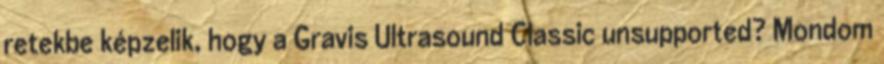
retekbe képzelik, hogy a Gravis Ultrasound Classic unsupported? Mondom